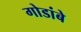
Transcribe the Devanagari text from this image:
गोडांबे